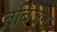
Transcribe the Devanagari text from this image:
तबिंजेन